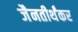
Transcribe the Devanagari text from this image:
जैनतीर्थंकर